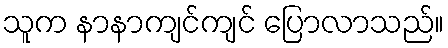
သူက နာနာကျင်ကျင် ပြောလာသည်။